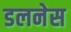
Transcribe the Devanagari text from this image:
डलनेस